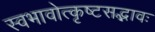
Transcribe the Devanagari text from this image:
स्वभावोत्कृष्टसद्भावः